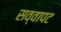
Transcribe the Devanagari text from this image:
सव्वापट